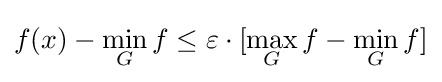
f(x)-\min _{G}f\leq \varepsilon \cdot [\max _{G}f-\min _{G}f]